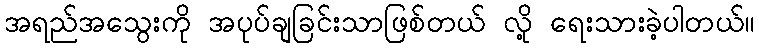
အရည်အသွေးကို အပုပ်ချခြင်းသာဖြစ်တယ် လို့ ရေးသားခဲ့ပါတယ်။